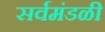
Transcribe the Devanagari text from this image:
सर्वमंडळी